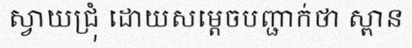
ស្វាយជ្រុំ ដោយសម្តេចបញ្ជាក់ថា ស្ពាន